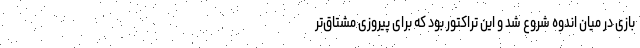
بازی در میان اندوه شروع شد و این تراکتور بود که برای پیروزی مشتاق‌تر